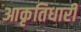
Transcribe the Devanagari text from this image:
आकृतिधारी